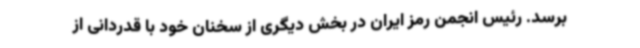
برسد. رئیس انجمن رمز ایران در بخش دیگری از سخنان خود با قدردانی از